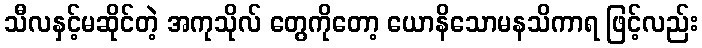
သီလနှင့်မဆိုင်တဲ့ အကုသိုလ် တွေကိုတော့ ယောနိသောမနသိကာရ ဖြင့်လည်း